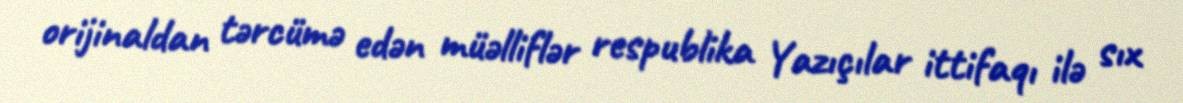
orijinaldan tərcümə edən müəlliflər respublika Yazıçılar ittifaqı ilə sıx